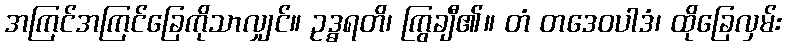
အကြင်အကြင်ခြေကိုသာလျှင်။ ဥဒ္ဓရတိ၊ ကြွချီ၏။ တံ တဒေဝပါဒံ၊ ထိုခြေလှမ်း